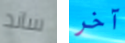
ساند آخر